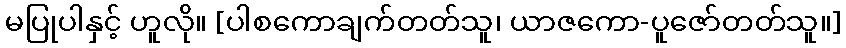
မပြုပါနှင့် ဟူလို။ [ပါစကောချက်တတ်သူ၊ ယာဇကော-ပူဇော်တတ်သူ။]